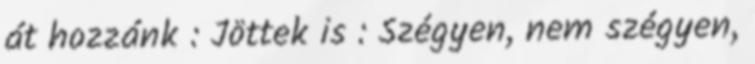
át hozzánk : Jöttek is : Szégyen, nem szégyen,